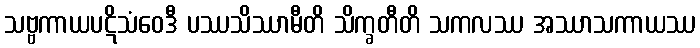
သဗ္ဗကာယပဋိသံဝေဒီ ပဿသိဿာမီတိ သိက္ခတီတိ သကလဿ အဿာသကာယဿ